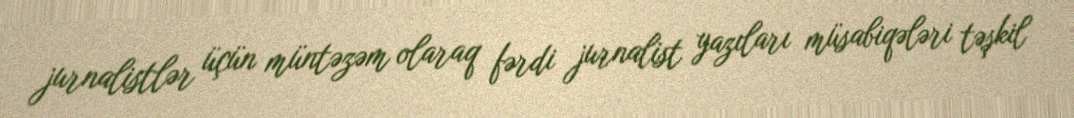
jurnalistlər üçün müntəzəm olaraq fərdi jurnalist yazıları müsabiqələri təşkil